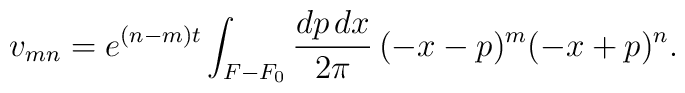
v_{mn} = e^{(n-m)t} \int_{F - F_0} \frac{dp\, dx}{2\pi}\, (-x-p)^m(-x+p)^n .